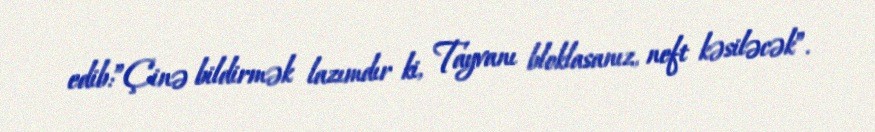
edib:”Çinə bildirmək lazımdır ki, Tayvanı bloklasanız, neft kəsiləcək”.